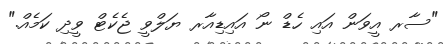
"ސާރ އީވަން އައި ހެޑް ނޯ އައިޑިއާރ ޔަލްވީ ޖެކެޓް ވީދި ކަމެއް."